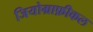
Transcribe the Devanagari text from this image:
जियोग्राफ़ीकल